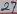
Text: 27